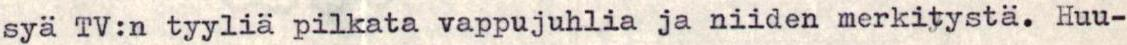
syä TV:n tyyliä pilkata vappujuhlia ja niiden merkitystä. Huu-